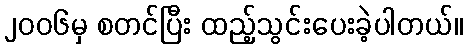
၂၀၀၆မှ စတင်ပြီး ထည့်သွင်းပေးခဲ့ပါတယ်။